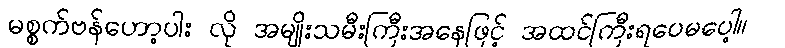
မစ္စက်ဗန်ဟော့ပါး လို အမျိုးသမီးကြီးအနေဖြင့် အထင်ကြီးရပေမပေါ့။